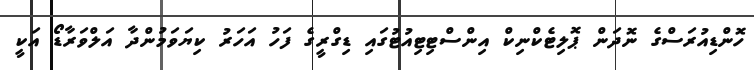
ހޮންޑިއުރަސްގެ ނޮދަން ޕޮލިޓެކްނިކް އިންސްޓިޓިއުޓުގައި ޑިގްރީގެ ފަހު އަހަރު ކިޔަވަމުންދާ އަލްވަރާޑޯ އަކީ